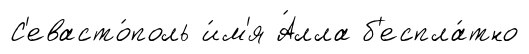
С'евасто́поль и́м'я А́лла б'еспла́тно